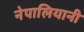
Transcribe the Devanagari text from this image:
नेपालियानी